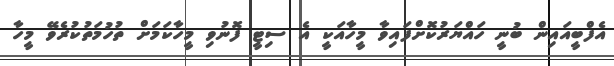
އެފްބީއައިން ބުނީ ހައްޔަރުކޮށްފައިވާ މީހާއަކީ އެ ސިޓީ ފޮނުވި މީހާކަމަށް ތުހުމަތުކުރެވޭ މީހާ